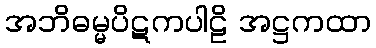
အဘိဓမ္မပိဋကပါဠိ အဋ္ဌကထာ